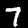
Label: 7